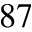
^ { 8 7 }